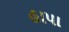
હાપા